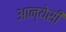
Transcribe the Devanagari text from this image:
आन्येसी